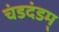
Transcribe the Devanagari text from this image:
चंडदंडम्